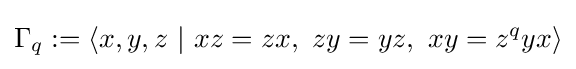
\Gamma _{q}:=\langle x,y,z\ |\ xz=zx,\ zy=yz,\ xy=z^{q}yx\rangle